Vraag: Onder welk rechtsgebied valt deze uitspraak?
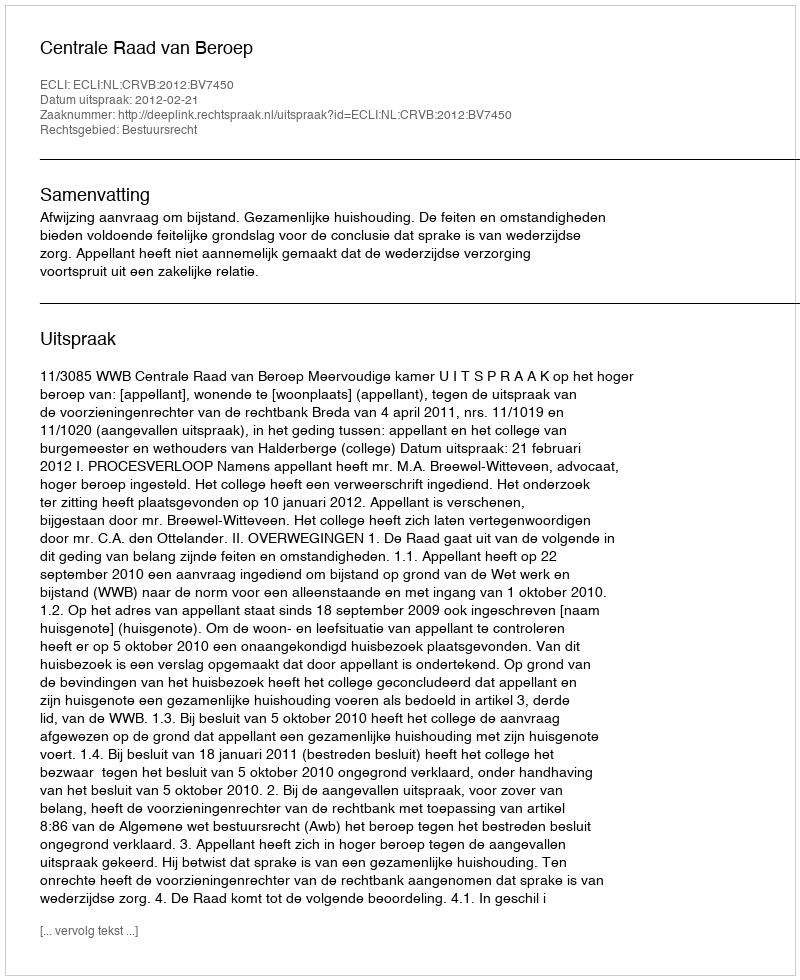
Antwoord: Bestuursrecht